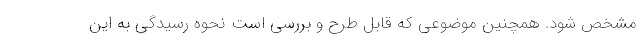
مشخص شود. همچنین موضوعی که قابل طرح و بررسی است نحوه رسیدگی به این